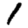
Digit: 1